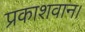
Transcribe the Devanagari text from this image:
प्रकाशवान।